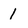
Character: 1